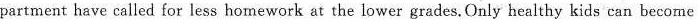
partment have called for less homework at the lower grades.Only healthy kids can become